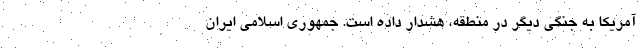
آمریکا به جنگی دیگر در منطقه، هشدار داده است. جمهوری اسلامی ایران